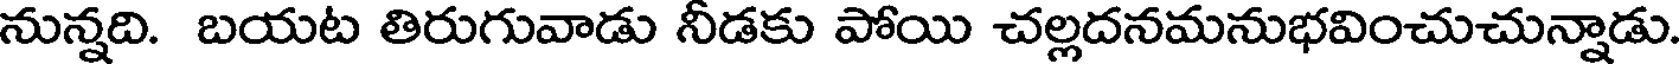
నున్నది. బయట తిరుగువాడు నీడకు పోయి చల్లదనమనుభవించుచున్నాడు.